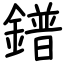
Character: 鐠